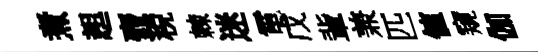
煮趄壺税棘迷電戊軰兼匹値窺伽